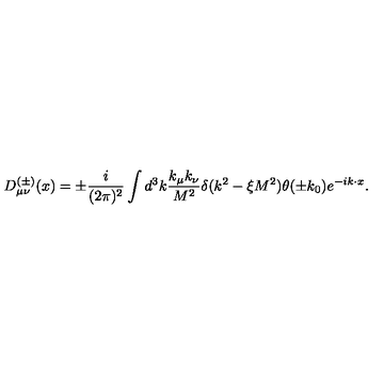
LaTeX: D _ { \mu \nu } ^ { ( \pm ) } ( x ) = \pm \frac { i } { ( 2 \pi ) ^ { 2 } } \int d ^ { 3 } k \frac { k _ { \mu } k _ { \nu } } { M ^ { 2 } } \delta ( k ^ { 2 } - \xi M ^ { 2 } ) \theta ( \pm k _ { 0 } ) e ^ { - i k \cdot x } .